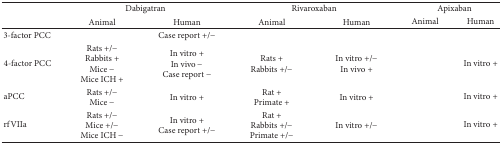
|  | <COLSPAN=2> Dabigatran | <COLSPAN=2> Rivaroxaban | <COLSPAN=2> Apixaban |
 |  | Animal | Human | Animal | Human | Animal | Human |
 | --- | --- | --- | --- | --- | --- | --- |
 | 3-factor PCC |  | Case report +/− |  |  |  |  |
 | 4-factor PCC | Rats +/−Rabbits +Mice −Mice ICH + | In vitro +In vivo − Case report − | Rats +Rabbits +/− | In vitro +/−In vivo + |  | In vitro + |
 | aPCC | Rats +/−Mice − | In vitro + | Rat +Primate + | In vitro + |  | In vitro + |
 | rfVIIa | Rats +/−Mice +/−Mice ICH − | In vitro +Case report +/− | Rat +Rabbits +/−Primate +/− | In vitro +/− |  | In vitro + |